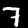
Digit: 7